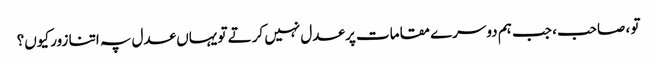
تو ، صاحب، جب ہم دوسرے مقامات پر عدل نہیں کرتے تو یہاں عدل پہ اتنا زور کیوں؟